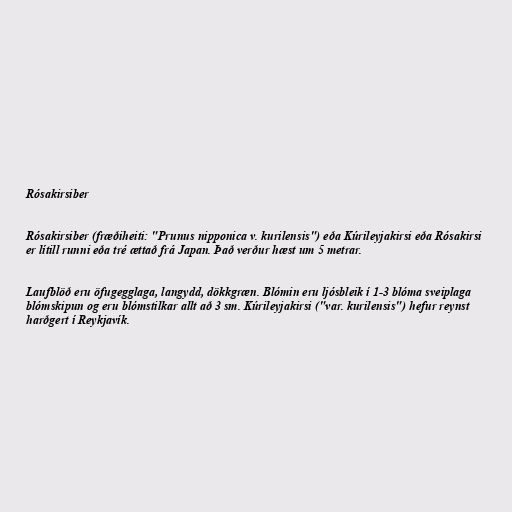
Rósakirsiber

Rósakirsiber (fræðiheiti: "Prunus nipponica v. kurilensis") eða Kúrileyjakirsi eða Rósakirsi
er lítill runni eða tré ættað frá Japan. Það verður hæst um 5 metrar.

Laufblöð eru öfugegglaga, langydd, dökkgræn. Blómin eru ljósbleik í 1-3 blóma sveiplaga
blómskipun og eru blómstilkar allt að 3 sm. Kúrileyjakirsi ("var. kurilensis") hefur reynst
harðgert í Reykjavík.